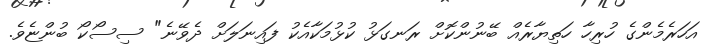
އަހަރެމެންގެ ހުރިހާ ހަތިޔާރެއް ބޭނުންކޮށް ރަނގަޅު ކުޅުމަކާއެކު ފައިނަލަށް ދެވޭނެ" ސިސޯކޯ ބުންޏެވެ.